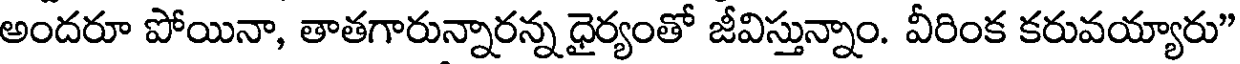
అందరూ పోయినా, తాతగారున్నారన్న ధైర్యంతో జీవిస్తున్నాం. వీరింక కరువయ్యారు"